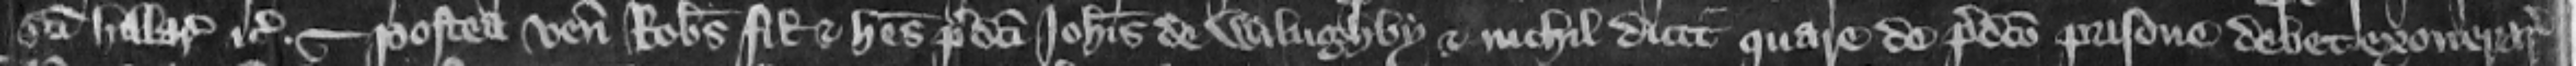
Sancti Hillarii etc. --- Postea venit Robertus filius et heres predicti Johannis de Wilughby et nichil dicit quare de predicto prisone debet exonerari